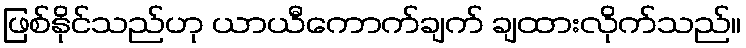
ဖြစ်နိုင်သည်ဟု ယာယီကောက်ချက် ချထားလိုက်သည်။